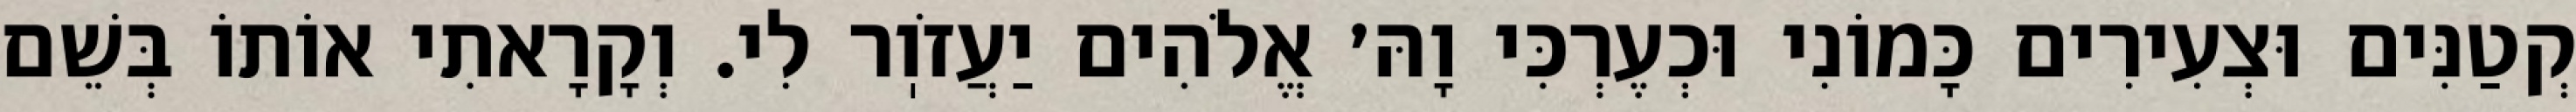
קְטַנִּים וּצְעִירִים כָּמוֹנִי וּכְעֶרְכִּי וָהּ׳ אֱלֹהִים יַעֲזֹוֽר לִי. וְקָרָאתִי אוֹתוֹ בְּשֵׁם